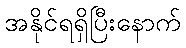
အနိုင်ရရှိပြီးနောက်